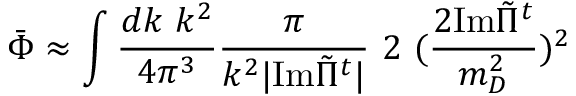
\bar { \Phi } \approx \int { \frac { d k \ k ^ { 2 } } { 4 \pi ^ { 3 } } } { \frac { \pi } { k ^ { 2 } \vert { \mathrm { I m } } { \tilde { \Pi } } ^ { t } \vert } } \ 2 \ ( \frac { 2 { \mathrm { I m } } { \tilde { \Pi } } ^ { t } } { m _ { D } ^ { 2 } } ) ^ { 2 }